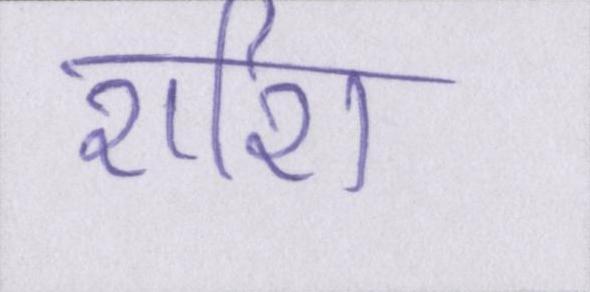
राशि